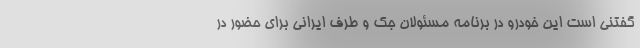
گفتنی است این خودرو در برنامه مسئولان جک و طرف ایرانی برای حضور در